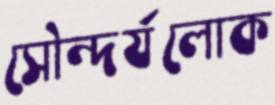
সৌন্দর্যলোক